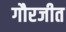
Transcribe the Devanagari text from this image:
गौरजीत